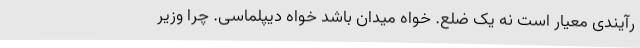
رآیندی معیار است نه یک ضلع. خواه میدان باشد خواه دیپلماسی. چرا وزیر